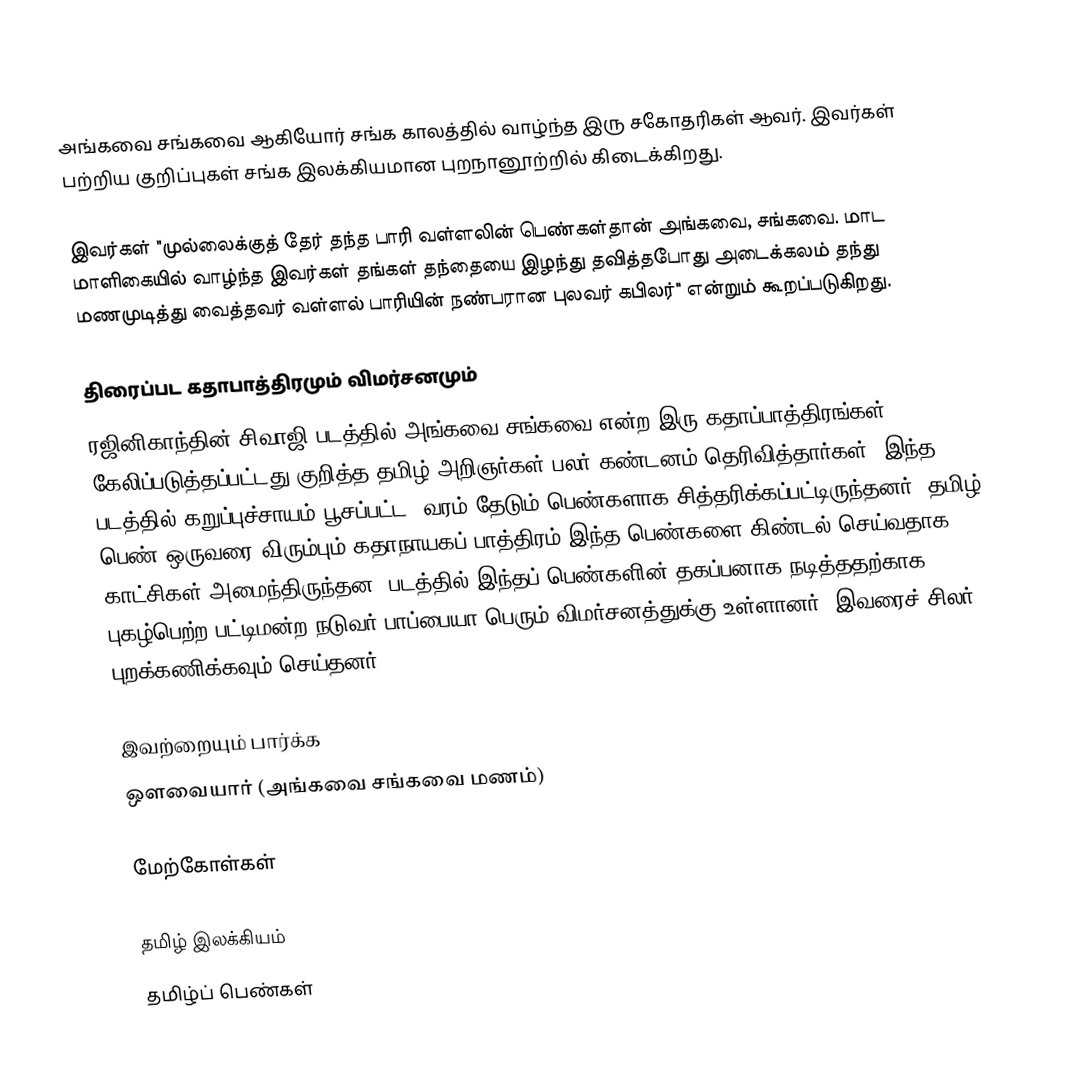
அங்கவை சங்கவை ஆகியோர் சங்க காலத்தில் வாழ்ந்த இரு சகோதரிகள் ஆவர். இவர்கள் பற்றிய குறிப்புகள் சங்க இலக்கியமான புறநானூற்றில் கிடைக்கிறது.

இவர்கள் "முல்லைக்குத் தேர் தந்த பாரி வள்ளலின் பெண்கள்தான் அங்கவை, சங்கவை. மாட மாளிகையில் வாழ்ந்த இவர்கள் தங்கள் தந்தையை இழந்து தவித்தபோது அடைக்கலம் தந்து மணமுடித்து வைத்தவர் வள்ளல் பாரியின் நண்பரான புலவர் கபிலர்" என்றும் கூறப்படுகிறது.

திரைப்பட கதாபாத்திரமும் விமர்சனமும்
ரஜினிகாந்தின் சிவாஜி படத்தில் அங்கவை சங்கவை என்ற இரு கதாப்பாத்திரங்கள் கேலிப்படுத்தப்பட்டது குறித்த தமிழ் அறிஞர்கள் பலர் கண்டனம் தெரிவித்தார்கள். இந்த படத்தில் கறுப்புச்சாயம் பூசப்பட்ட, வரம் தேடும் பெண்களாக சித்தரிக்கப்பட்டிருந்தனர். தமிழ் பெண் ஒருவரை விரும்பும் கதாநாயகப் பாத்திரம் இந்த பெண்களை கிண்டல் செய்வதாக காட்சிகள் அமைந்திருந்தன. படத்தில் இந்தப் பெண்களின் தகப்பனாக நடித்ததற்காக புகழ்பெற்ற பட்டிமன்ற நடுவர் பாப்பையா பெரும் விமர்சனத்துக்கு உள்ளானர். இவரைச் சிலர் புறக்கணிக்கவும் செய்தனர்.

இவற்றையும் பார்க்க
 ஔவையார் (அங்கவை சங்கவை மணம்)

மேற்கோள்கள்

தமிழ் இலக்கியம்
தமிழ்ப் பெண்கள்